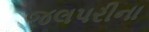
જલપરીના